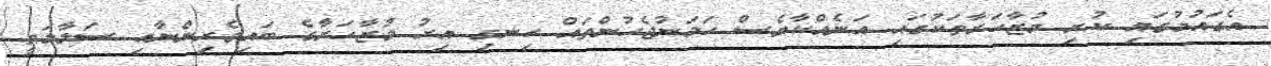
އެގައުމުގައި ކުރި މުޒާހަރާތަކުގައި އަނެއްކާވެސް ހަމަނުޖެހުންތައް ހިނގި އިރު މުޒާހަރާގެ ބައިވެރިންނާއި ސަލާމަތީ